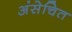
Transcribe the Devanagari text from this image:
अंसेचित